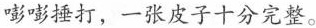
嘭嘭捶打，一张皮子十分完整。